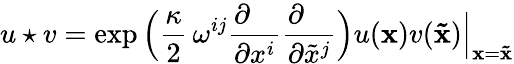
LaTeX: u\star v=\exp\Big({\frac{\kappa}{2}}\, \omega^{ij}{\frac{\partial\phantom{x^{i}}}{\partial x^{i}}}{\frac{\partial\phantom{x^{j}}}{\partial{\tilde{x}}^{j}}}\Big)u({\mathbf x})v({\mathbf{\tilde{x}}})\Big\vert_{{\mathbf x}={\mathbf{\tilde{x}}}}